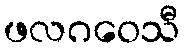
ဖလဂဝေသီ